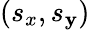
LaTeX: (s_{x},s_{\mathbf{y}})